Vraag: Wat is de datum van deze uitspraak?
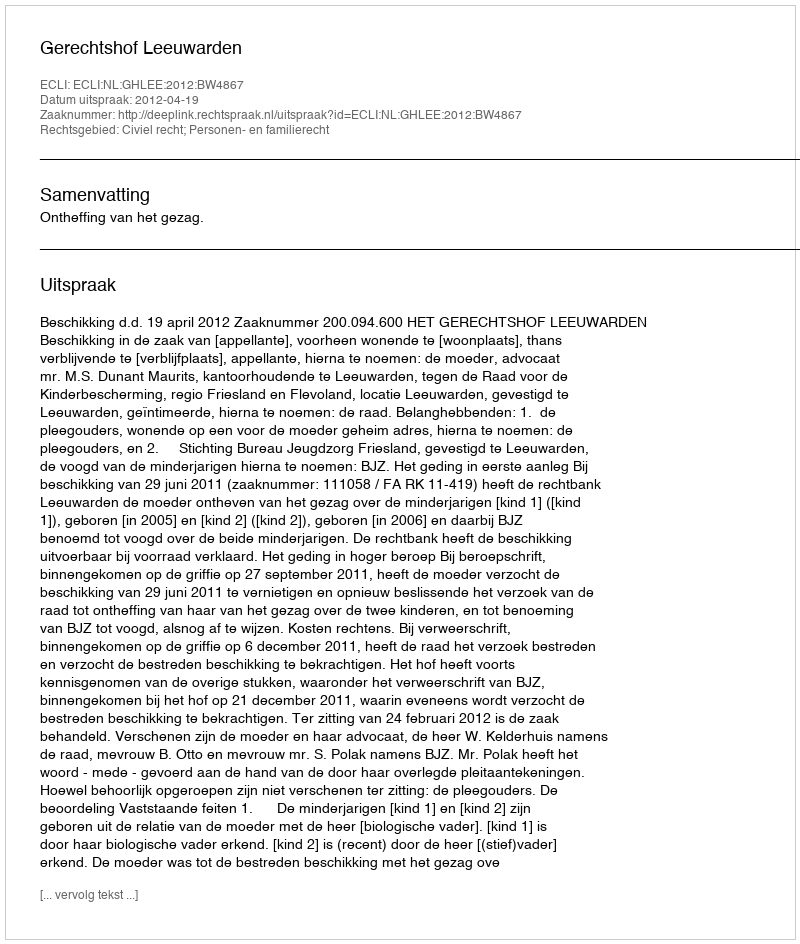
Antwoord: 2012-04-19